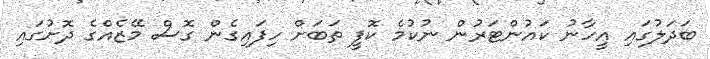
ބަދަލުގައި އީހާނު ކައުންޓަރުން ނުކުމެ ކޮފީ ތަބަށް ހިފައިގެން ގޮސް މޭޒެއްގެ ދޮށުގައި